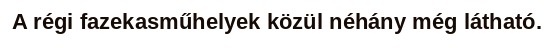
A régi fazekasműhelyek közül néhány még látható.